Vaccine operations Central Provinces 1868-1885 - 1868-1885
Year: 1868
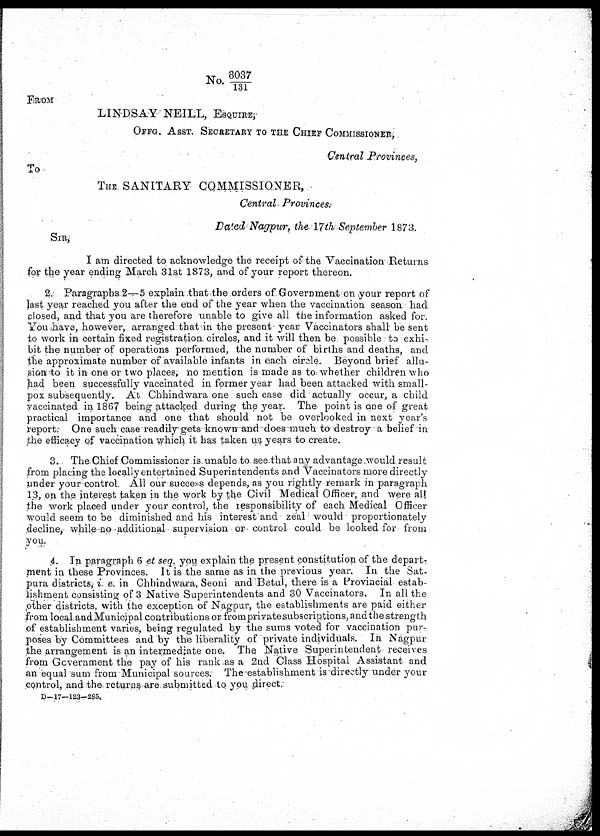
No. 3037/131
FROM
LINDSAY NEILL, ESQUIRE;
OFFG. ASST. SECRETARY TO THE CHIEF COMMISSIONER,
Central Provinces,
To
THE SANITARY COMMISSIONER,
Central Provinces.
Dated Nagpur, the 17th September 1873.
SIR,
I am directed to acknowledge the receipt of the Vaccination Returns
for the year ending March 31st 1873, and of your report thereon.
2. Paragraphs 2—5 explain that the orders of Government on your report of
last year reached you after the end of the year when the vaccination season, had
closed, and that you are therefore unable to give all the information asked for.
You have, however, arranged that in the present year Vaccinators shall be sent
to work in certain fixed registration circles, and it will then be possible to exhi-
bit the number of operations performed, the number of births and deaths, and
the approximate number of available infants in each circle. Beyond brief allu-
sion to it in one or two places, no mention is made as to whether children who
had been successfully vaccinated in former year had been attacked with small-
pox subsequently. At Chhindwara one such case did actually occur, a child
vaccinated in 1867 being attacked during the year. The point is one of great
practical importance and one that should not be overlooked in next year's
report. One such case readily gets known and does much to destroy a belief in
the efficacy of vaccination which it has taken us years to create.
3. The Chief Commissioner is unable to see that any advantage would result
from placing the locally entertained Superintendents and Vaccinators more directly
under your control All our success depends, as you rightly remark in paragraph
13, on the interest taken in the work by the Civil Medical Officer, and were all
the work placed under your control, the responsibility of each Medical Officer
would seem to be diminished and his interest and zeal would proportionately
decline, while no additional supervision or control could be looked for from
you.
4. In paragraph 6 et seq. you explain the present constitution of the depart¬
ment in these Provinces. It is the same as in the previous year. In the Sat¬
pura districts, i. e. in Chhindwara, Seoni and Betul, there is a Provincial estab-
lishment consisting of 3 Native Superintendents and 30 Vaccinators. In all the
other districts, with the exception of Nagpur, the establishments are paid either
from local and Municipal contributions or from private subscriptions, and the strength
of establishment varies, being regulated by the sums voted for vaccination purr¬
poses by Committees and by the liberality of private individuals. In Nagpur
the arrangement is an intermediate one. The. Native Superintendent receives
from Government the pay of his rank as a 2nd Class Hospital Assistant and
an equal sum from Municipal sources. The establishment is directly under your
control, and the returns are submitted to you direct.
D-17—123—285.